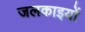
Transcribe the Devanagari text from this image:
जलकाइयों